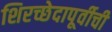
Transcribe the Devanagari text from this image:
शिरच्छेदापूर्वीची